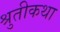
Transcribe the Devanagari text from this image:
श्रुतीकथा